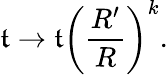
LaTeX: \mathfrak{t}\rightarrow\mathfrak{t}\left(\frac{{R^{\prime}}}{{R}}\right)^{k}.